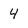
Character: 4